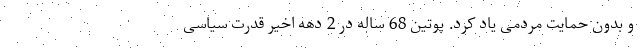
و بدون حمایت مردمی یاد کرد. پوتین 68 ساله در 2 دهه اخیر قدرت سیاسی